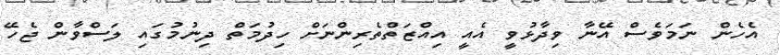
އެހެން ނަމަވެސް އޭނާ ވިދާޅުވީ އެއީ އިއްޒަތްތެރިންނަށް ހިދުމަތް ދިނުމުގައި ލަސްވާން ޖެހޭ